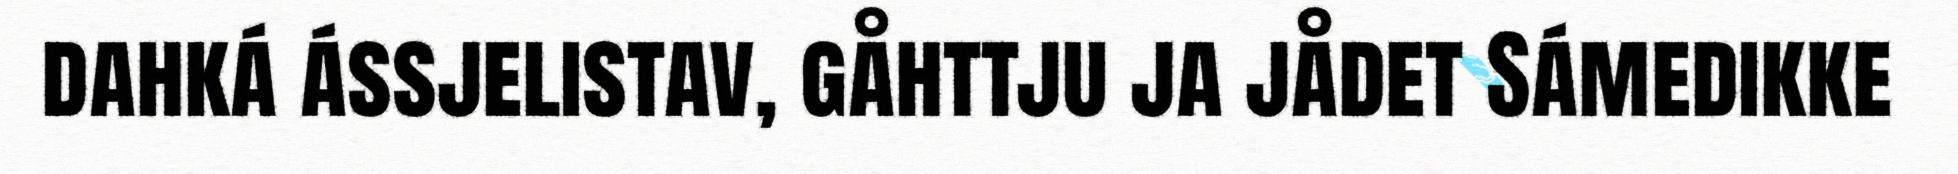
dahká ássjelistav, gåhttju ja jådet Sámedikke